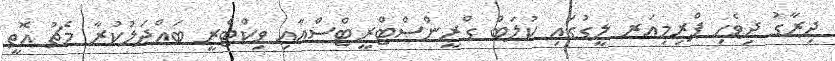
ދިރާގު ދިވެހި ޕްރިމިއަރ ލީގުގައި ކުލަބް ގްރީންސްޓްރީޓްސްއާއި ވިކްްޓްރީ ބައްދަލުކުރާ މެޗު އޮތީ